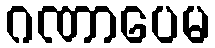
ဂဏာပေမ